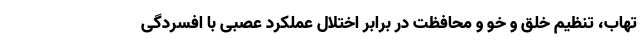
تهاب‌، تنظیم خلق و خو و محافظت در برابر اختلال عملکرد عصبی با افسردگی